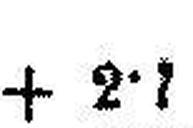
+ 2•7